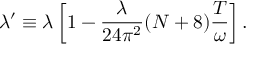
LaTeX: \lambda ^ { \prime } \equiv \lambda \left[ 1 - \frac { \lambda } { 2 4 \pi ^ { 2 } } ( N + 8 ) \frac { T } { \omega } \right] .